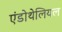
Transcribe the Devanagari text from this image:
एंडोथेलियल